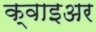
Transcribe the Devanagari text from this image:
क्वाइअर